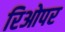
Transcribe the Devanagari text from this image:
रिओपर